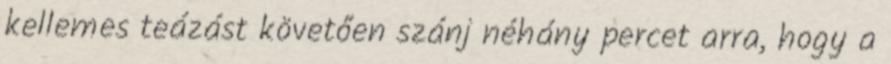
kellemes teázást követően szánj néhány percet arra, hogy a